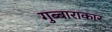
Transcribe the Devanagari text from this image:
गुब्बाराकार